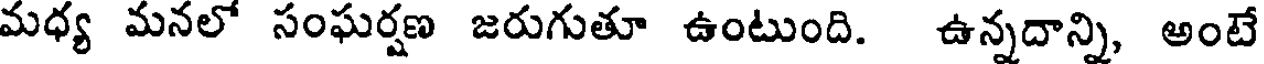
మధ్య మనలో సంఘర్షణ జరుగుతూ ఉంటుంది. ఉన్నదాన్ని, అంటే